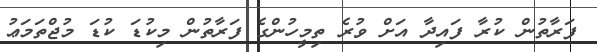
ފަރާތުން ކުރާ ފައިދާ އަށް ވުރެ ތިމީހުންގެ ފަރާތުން މިކުޑަ ކުޑަ މުޖްތަމަޢު